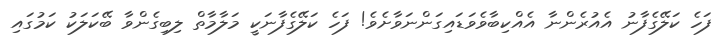
ފަހެ ކަލޭގެފާނު އެއުރެންނާ އެއްކިބާވެވަޑައިގަންނަވާށެވެ! ފަހެ ކަލޭގެފާނަކީ މަލާމާތް ލިބިގެންވާ ބޭކަލަކު ކަމުގައި